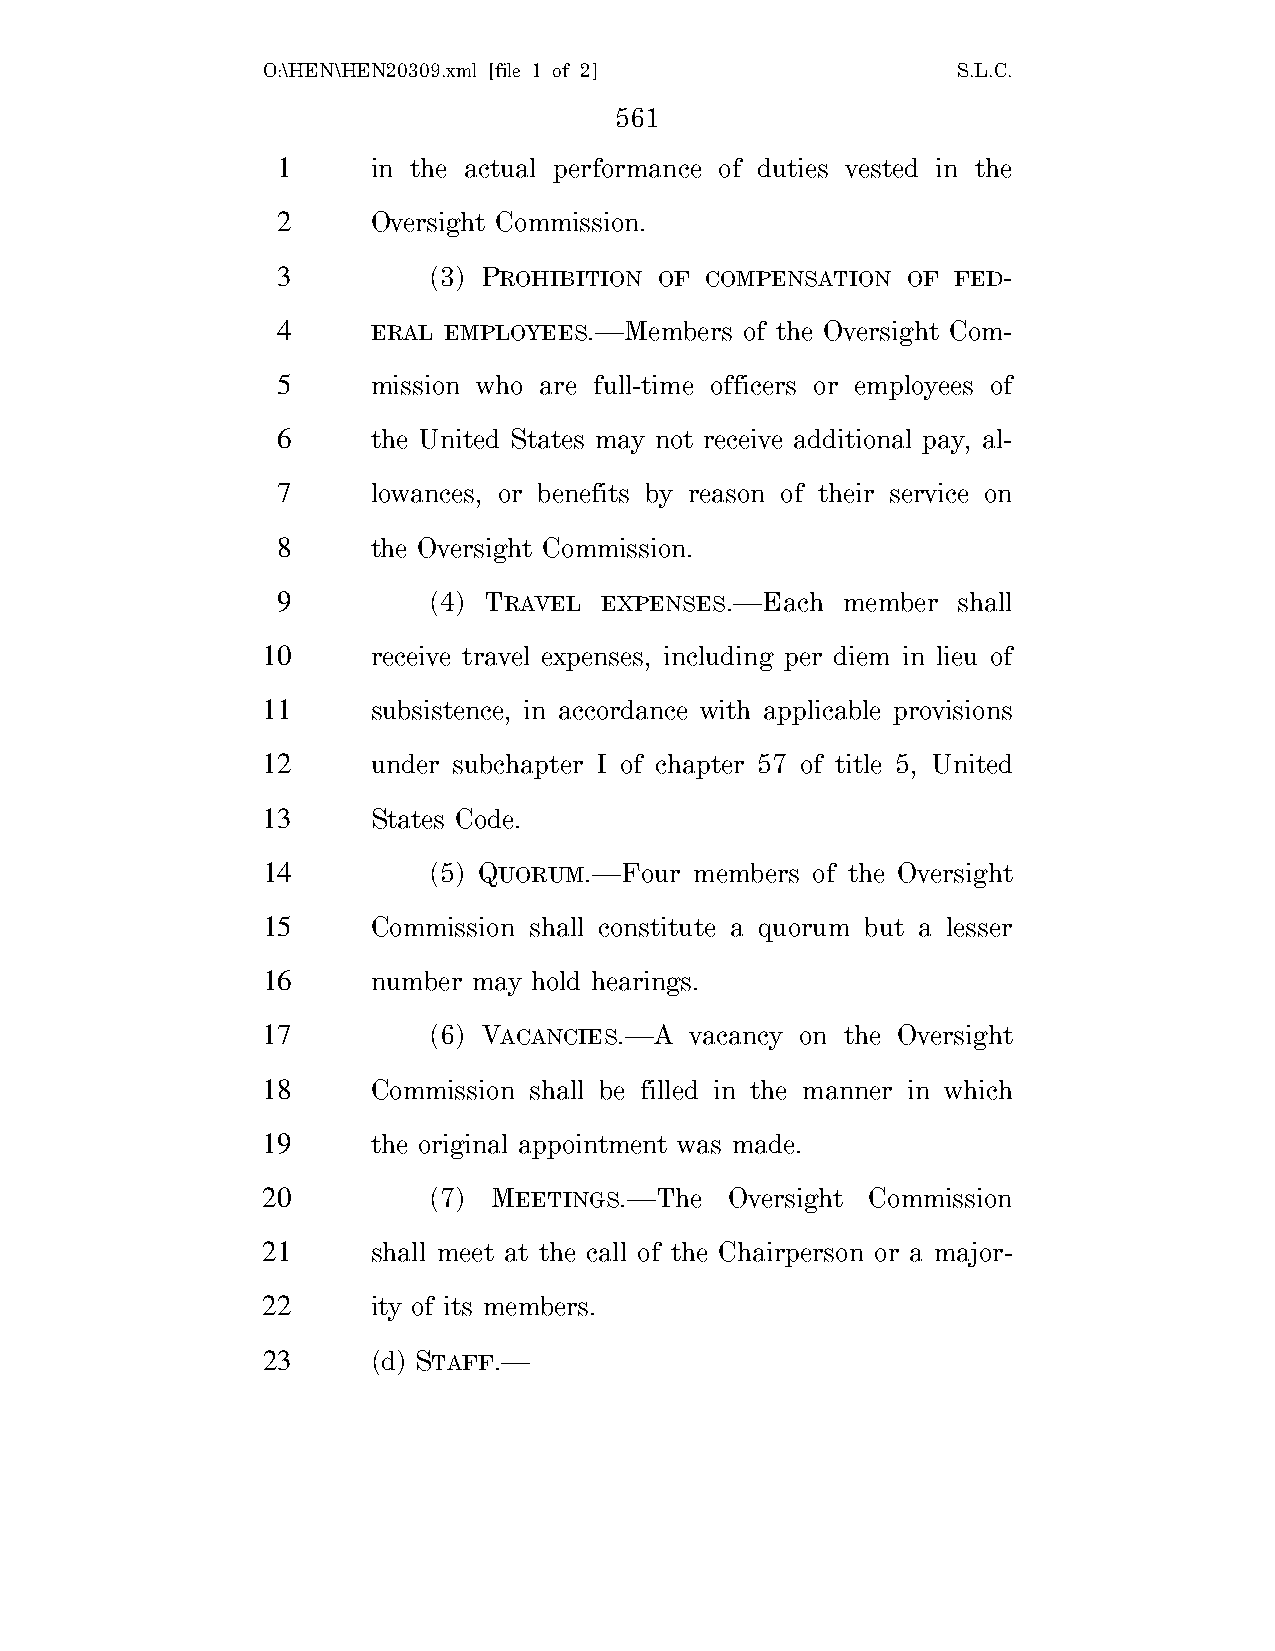
O:\HEN\HEN20309.xml [file 1 of 2]             S.L.C.
 561
 1      in the actual performance of duties vested in the
 2      Oversight Commission.
 3         (3) PROHIBITION OF COMPENSATION OF FED-
 4      ERAL EMPLOYEES.—Members of the Oversight Com-
 5      mission who are full-time officers or employees of
 6      the United States may not receive additional pay, al-
 7      lowances, or benefits by reason of their service on
 8      the Oversight Commission.
 9         (4) TRAVEL  EXPENSES.—Each  member shall
 10      receive travel expenses, including per diem in lieu of
 11      subsistence, in accordance with applicable provisions
 12      under subchapter I of chapter 57 of title 5, United
 13      States Code.
 14         (5) QUORUM.—Four  members of the Oversight
 15      Commission shall constitute a quorum but a lesser
 16      number may hold hearings.
 17         (6) VACANCIES.—A  vacancy on the Oversight
 18      Commission shall be filled in the manner in which
 19      the original appointment was made.
 20         (7) MEETINGS.—The   Oversight Commission
 21      shall meet at the call of the Chairperson or a major-
 22      ity of its members.
 23      (d) STAFF.—